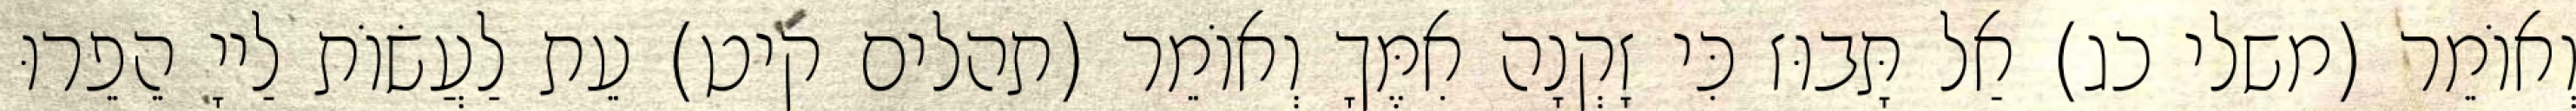
וְאוֹמֵר (משלי כג) אַל תָּבוּז כִּי זָקְנָה אִמֶּךָ וְאוֹמֵר (תהלים קיט) עֵת לַעֲשׂוֹת לַייָ הֵפֵרוּ